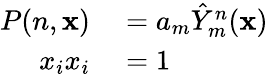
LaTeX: \begin{array}{rl}{P(n,\mathbf{x})}&{{}=a_{m}\hat{Y}_{m}^{n}(\mathbf{x})}\\ {x_{i}x_{i}}&{{}=1}\end{array}